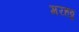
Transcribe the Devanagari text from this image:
मरहठ्ठ